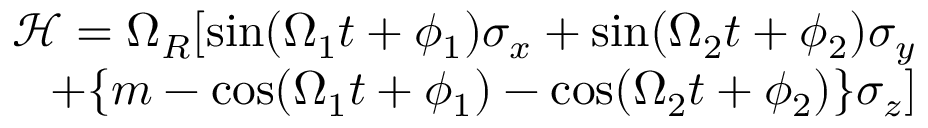
\begin{array} { r } { \mathcal { H } = \Omega _ { R } [ \mathrm { s i n } ( \Omega _ { 1 } t + \phi _ { 1 } ) \sigma _ { x } + \mathrm { s i n } ( \Omega _ { 2 } t + \phi _ { 2 } ) \sigma _ { y } } \\ { + \{ m - \mathrm { c o s } ( \Omega _ { 1 } t + \phi _ { 1 } ) - \mathrm { c o s } ( \Omega _ { 2 } t + \phi _ { 2 } ) \} \sigma _ { z } ] } \end{array}